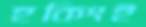
হকিংই